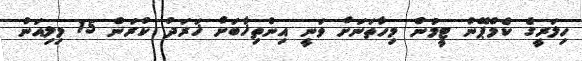
ހިލަރީގެ ކެމްޕޭން ޓީމުން މިހާތަނަށް ވަނީ އިންތިޚާބަށް ޚަރަދު ކުރަން 15 މިލިއަން